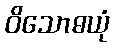
ဝိသောဓယုံ